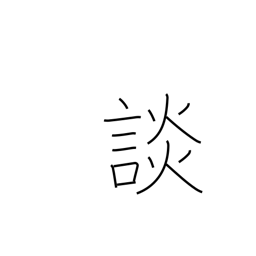
Meaning: discuss